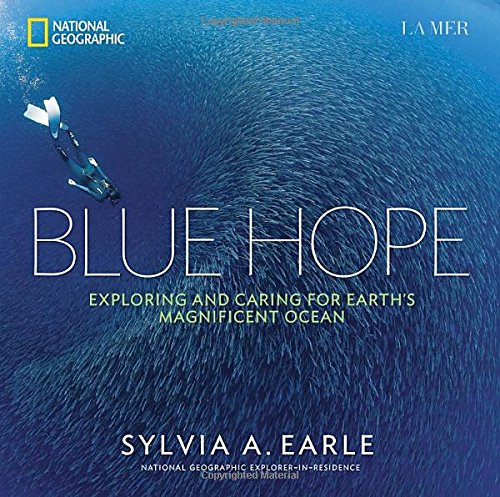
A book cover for Blue Hope: Exploring and Caring for Earth's Magnificent Ocean; Sylvia A. Earle; Science & Math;